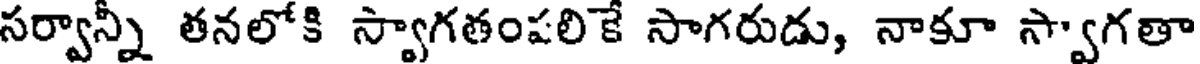
సర్వాన్నీ తనలోకి స్వాగతంపలికే సాగరుడు, నాకూ స్వాగతా